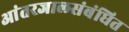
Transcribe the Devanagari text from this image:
आंतरजालसंबंधित